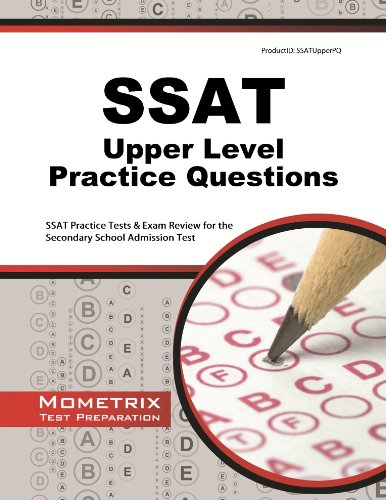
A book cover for SSAT Upper Level Practice Questions: SSAT Practice Tests & Exam Review for the Secondary School Admission Test; SSAT Exam Secrets Test Prep Team; Test Preparation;